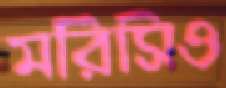
মরিসিও